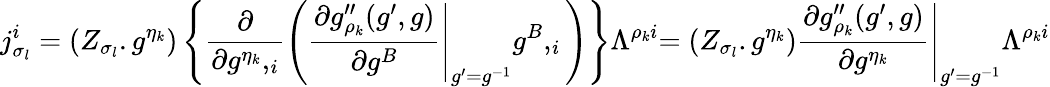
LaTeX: j_{\sigma_{l}}^{i}=(Z_{\sigma_{l}}.g^{\eta_{k}})\left\{ \frac{\partial}{\partial g^{\eta_{k}},_{i}}\left(\left.\frac{\partial g_{\rho_{k}}^{\prime\prime}(g^{\prime},g)}{\partial g^{B}}\right|_{g^{\prime}=g^{-1}}g^{B},_{i}\right)\right\} \Lambda^{\rho_{k}i}\left.=(Z_{\sigma_{l}}.g^{\eta_{k}})\frac{\partial g_{\rho_{k}}^{\prime\prime}(g^{\prime},g)}{\partial g^{\eta_{k}}}\right|_{g^{\prime}=g^{-1}}\Lambda^{\rho_{k}i}